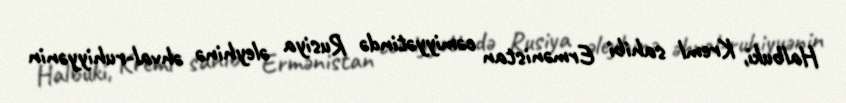
Halbuki, Kreml sahibi Ermənistan cəmiyyətində Rusiya əleyhinə əhval-ruhiyyənin